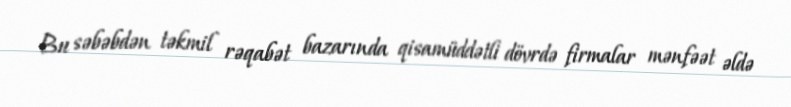
Bu səbəbdən təkmil rəqabət bazarında qisamüddətli dövrdə firmalar mənfəət əldə